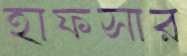
হাফসার